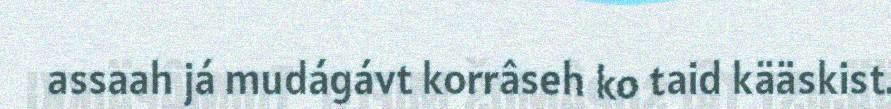
assaah já mudágávt korrâseh ko taid kääskist.